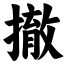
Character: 撤